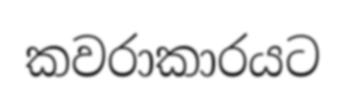
කවරාකාරයට